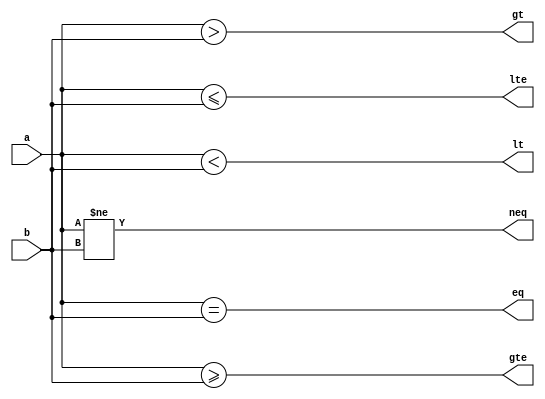
module p4_comparators(eq,neq,lt,lte,gt,gte,a,b);
parameter N = 8;
input [N-1:0] a, b;
output eq, neq;
output lt, lte;
output gt, gte;
assign eq = (a == b);
assign neq = (a != b);
assign lt = (a < b);
assign lte = (a <= b);
assign gt = (a > b);
assign gte = (a >= b);
endmodule